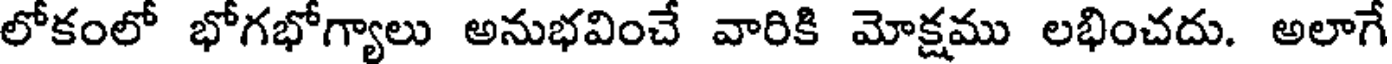
లోకంలో భోగభోగ్యాలు అనుభవించే వారికి మోక్షము లభించదు. అలాగే